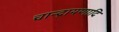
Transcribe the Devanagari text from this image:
चान्द्रायणादि